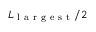
L _ { \mathrm { ~ l ~ a ~ r ~ g ~ e ~ s ~ t ~ } } / 2